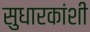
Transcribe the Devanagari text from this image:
सुधारकांशी